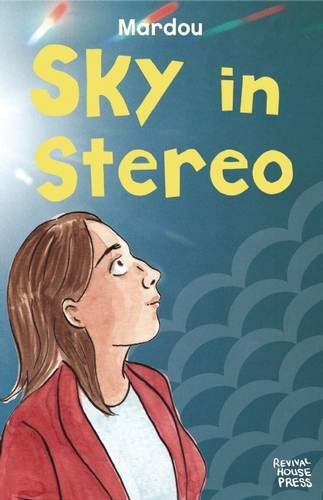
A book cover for Sky in Stereo; Sacha Mardou; Comics & Graphic Novels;